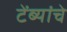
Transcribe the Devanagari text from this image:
टेंब्यांचे